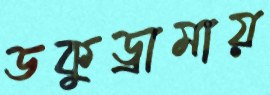
ডকুড্রামায়